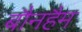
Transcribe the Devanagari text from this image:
बौनहैम